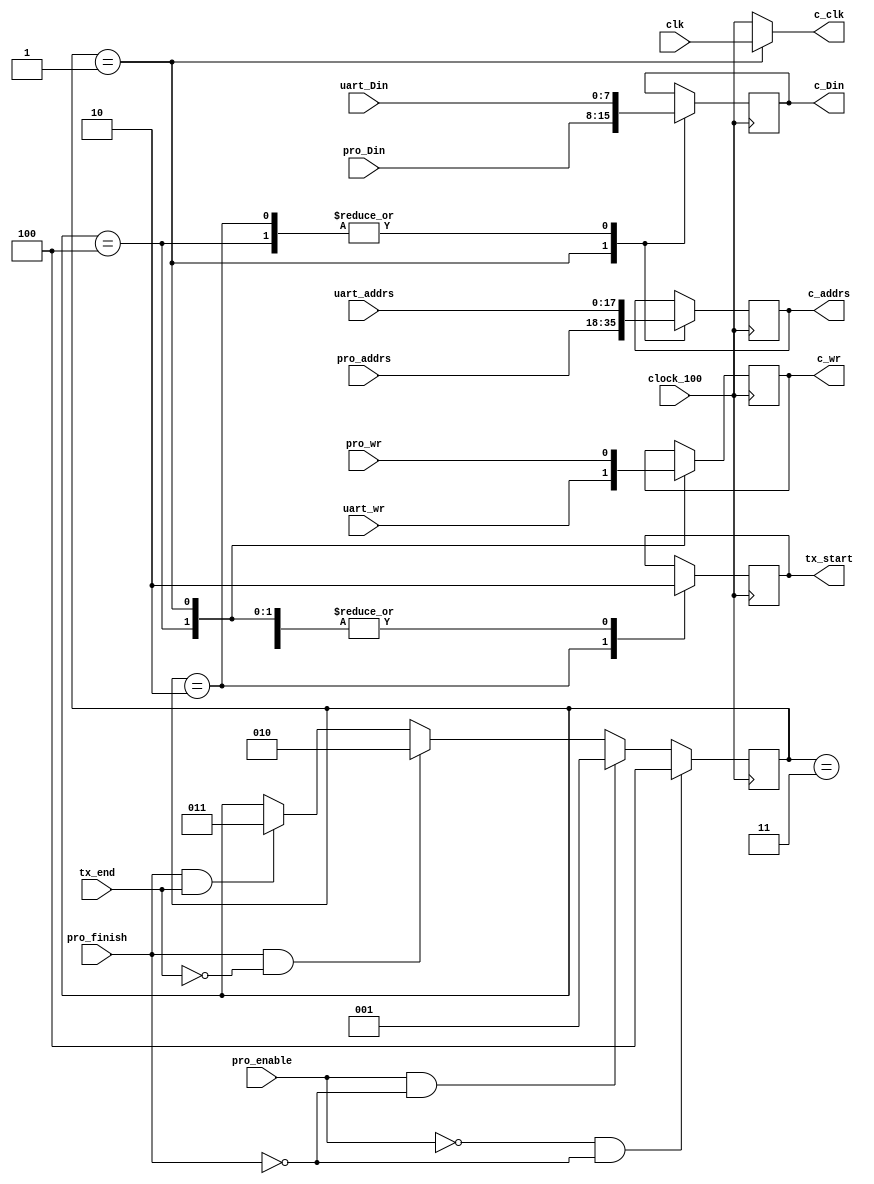
`timescale 1ns / 1ps
//////////////////////////////////////////////////////////////////////////////////
// Company: 
// 
// Design Name: 
// Module Name:    com_controller 
// Project Name: 
// Target Devices: 
// Tool versions: 
// Description: 
//
// Dependencies: 
//
// Revision: 
// Revision 0.01 - File Created
// Additional Comments: 

//////////////////////////////////////////////////////////////////////////////////
module com_controller(
	input clock_100,clk,
	input pro_enable, pro_finish,tx_end,pro_wr,uart_wr,
	input [7:0] uart_Din,pro_Din,
	input [17:0] uart_addrs,pro_addrs,
	output reg tx_start =0,
	output reg c_clk,
	output reg c_wr,
	output reg [17:0] c_addrs,
	output reg [7:0] c_Din
	//output reg [7:0] Data			//for indictaion only
    );
	 
	reg [2:0] cnt_st=3'b000;
	////////////////////////////////////////////////////////////
	always@(posedge clock_100)
	begin
		if(~pro_enable && ~pro_finish) 
			begin cnt_st<=3'b100; end
		else if(pro_enable && ~pro_finish)
			begin cnt_st<=3'b001; end
		else if(pro_finish && ~tx_end)
			begin cnt_st<=3'b010; end
		else if(pro_finish && tx_end)
			begin cnt_st<=3'b011; end
	end

	/////////////////////////////////////////////////////////////////////
	always@(cnt_st)
		case(cnt_st)
			3'b001: c_clk <=clk;
			default: c_clk <=clock_100;
		endcase
	
	always@(posedge clock_100)
		case(cnt_st)
			3'b100:begin
					tx_start<=0;				//taking from uart RX
					//c_clk<=clock_100;
					c_wr<=uart_wr;
					c_addrs<=uart_addrs;
					c_Din<=uart_Din;
					//Data <=uart_Din;
					end
					
			3'b001:begin						//Processor runnng
					tx_start<=0;
					//c_clk<=clk;
					c_wr<=pro_wr;
					c_addrs<=pro_addrs;
					c_Din<=pro_Din;
					end
			3'b010:begin						// TX start
					tx_start<=1;
					//c_clk<=clock_100;
					//c_wr<=uart_wr;
					c_addrs<=uart_addrs;
					c_Din<=uart_Din;
					end
			3'b011:begin						// TX start
					tx_start<=0;
					//c_clk<=clock_100;
					//c_wr<=uart_wr;
					//c_addrs<=uart_addrs;
					//c_Din<=uart_Din;
					end

			endcase
endmodule